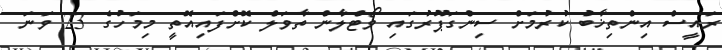
ރައީސް އިންތިޚާބު ކުރުމަށް ސިންގަޕޫރުގައި ވޯޓްލާން ތާވަލް ކޮށްފައިއޮތީ މިމަހުގެ 23 ވަނަ